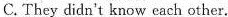
C. They didn't know each other.